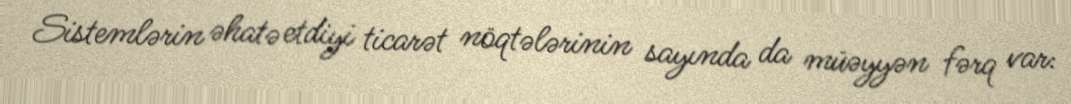
Sistemlərin əhatə etdiyi ticarət nöqtələrinin sayında da müəyyən fərq var: